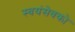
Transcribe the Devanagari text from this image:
स्‍वयंसेवको